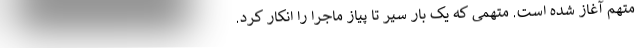
متهم آغاز شده است. متهمی که یک بار سیر تا پیاز ماجرا را انکار کرد.